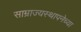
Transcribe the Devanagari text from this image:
साम्राज्यस्थापनेच्या